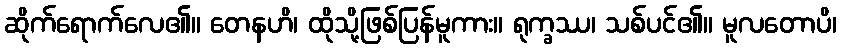
ဆိုက်ရောက်လေ၏။ တေနဟိ၊ ထိုသို့ဖြစ်ပြန်မူကား။ ရုက္ခဿ၊ သစ်ပင်၏။ မူလတောပိ၊